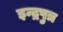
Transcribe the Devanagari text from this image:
इन्द्रपुत्र